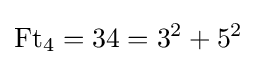
\operatorname {Ft} _{4}=34=3^{2}+5^{2}